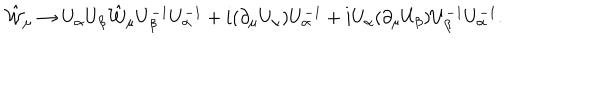
LaTeX: \hat { \cal W } _ { \mu } \to U _ { \alpha } U _ { \beta } \hat { \cal W } _ { \mu } U _ { \beta } ^ { - 1 } U _ { \alpha } ^ { - 1 } + i ( \partial _ { \mu } U _ { \alpha } ) U _ { \alpha } ^ { - 1 } + i U _ { \alpha } ( \partial _ { \mu } U _ { \beta } ) U _ { \beta } ^ { - 1 } U _ { \alpha } ^ { - 1 } .